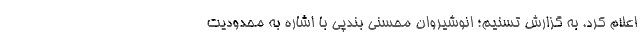
اعلام کرد. به گزارش تسنیم؛ انوشیروان محسنی بندپی با اشاره به محدودیت